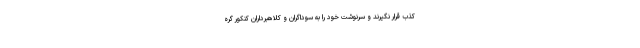
کذب قرار نگیرند و سرنوشت خود را به سوداگران و کلاهبرداران کنکور گره